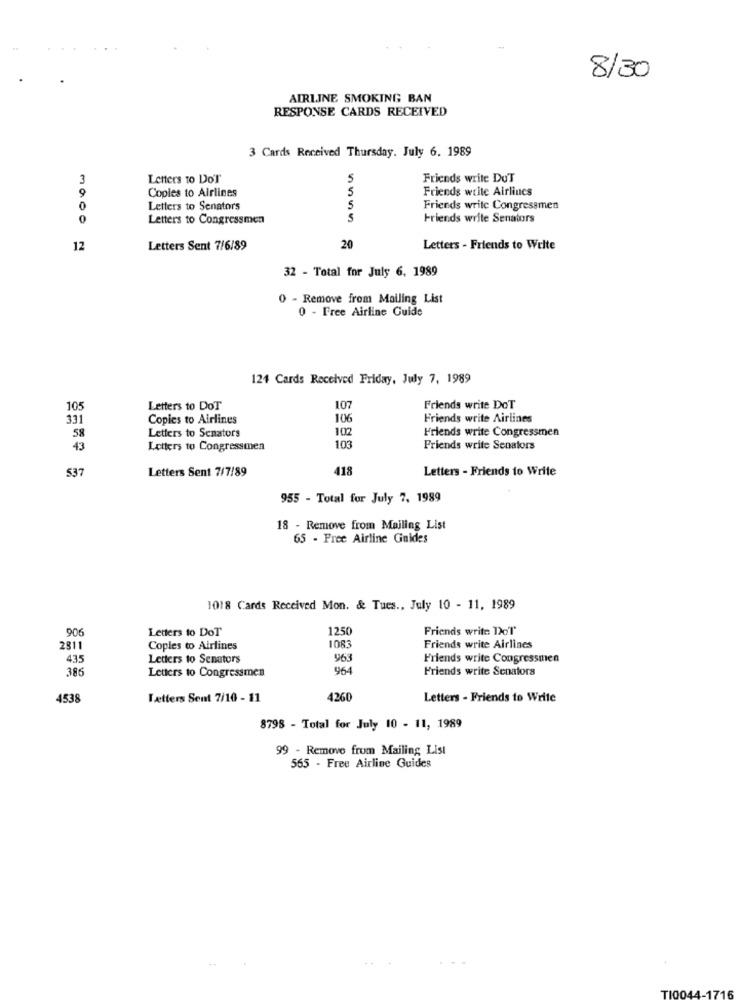
8/30
AIRLINE SMOKING BAN
RESPONSE CARDS RECEIVED
3 Cards Received Thursday, July 6. 1989
3
Letters to DoT
Friends write Du'T
9
Copies to Airlines
Friends write Airlines
0
Letters to Senators
Friends write Congressmen
0
Letters to Congressmen
5
Friends write Senators
12
Letters Sent 7/6/89
20
Letters - Friends to Welte
32 - Total for July 6. 1989
0 - Remove from Mailing List
0 - Free Airline Guide
124 Cards Received Friday, July 7, 1989
105
Letters to DoT
107
Friends write DoT
331
Copies to Airlines
106
Friends write Airlines
Letters to Senators
102
Friends write Congressmen
58
103
43
Letters to Congressmen
Friends write Senators
537
Letters Sent 7/7/89
418
Letters - Friends to Write
955 - Total for July 7, 1989
18 - Remove from Mailing List
65 - Free Airline Gnides
1018 Cards Received Mon. & Tues ., July 10 - 11, 1989
906
Letters to DoT
1250
Friends write DeT
2811
Coples to Airlines
1083
Friends write Airlines
435
Letters to Senators
963
Friends write Congressmen
386
Letters to Congressmen
964
Friends write Senators
4538
Tætters Sent 7/10 - 11
4260
Letters - Friends to Write
8798 - Total for July 10 - 11, 1989
99 - Remove from Mailing List
565 - Free Airline Guides
TIO0